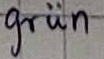
Text: grün